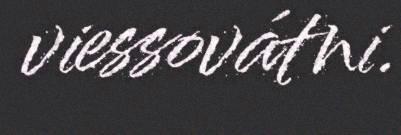
viessovátni.